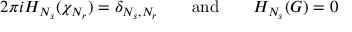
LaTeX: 2 \pi i H _ { N _ { s } } ( \chi _ { N _ { r } } ) = \delta _ { N _ { s } , N _ { r } } \qquad \mathrm { { a n d } } \qquad H _ { N _ { s } } ( G ) = 0